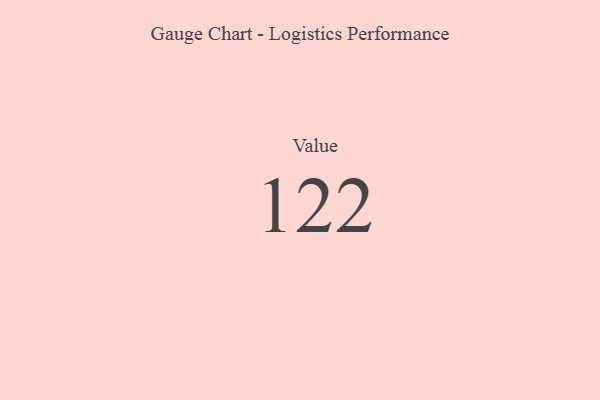
{"axis": {"x": "Metric", "y": "Value"}, "legend": [""], "data": [{"x": "Value", "y": 122, "type": ""}]}